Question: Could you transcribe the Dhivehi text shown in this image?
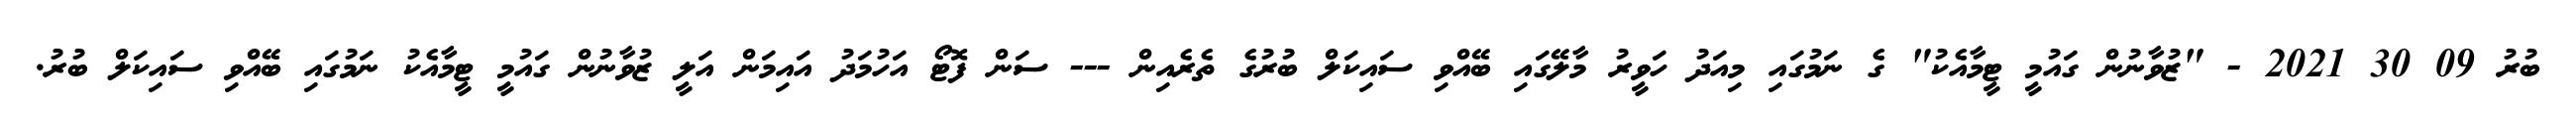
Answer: ބުރު 09 30 2021 - "ޒުވާނުން ގައުމީ ޓީމާއެކު" ގެ ނަމުގައި މިއަދު ހަވީރު މާލޭގައި ބޭއްވި ސައިކަލް ބުރުގެ ތެރެއިން --- ސަން ފޮޓޯ އަހުމަދު އައިމަން އަލީ ޒުވާނުން ގައުމީ ޓީމާއެކު ނަމުގައި ބޭއްވި ސައިކަލް ބުރު.